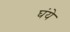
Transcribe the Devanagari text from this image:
घंये